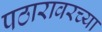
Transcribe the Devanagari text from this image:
पठारावरच्या